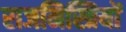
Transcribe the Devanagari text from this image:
राजमिस्त्रियों